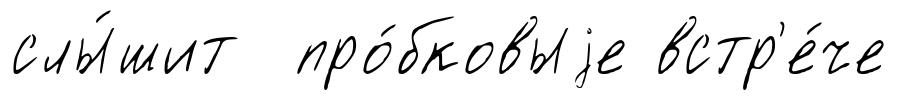
слы́шит про́бковыjе встр'е́че